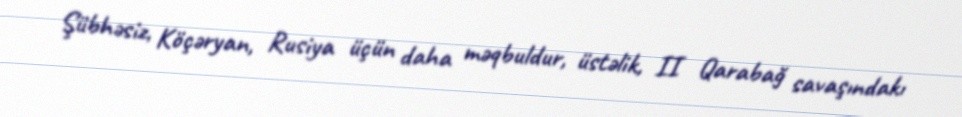
Şübhəsiz, Köçəryan, Rusiya üçün daha məqbuldur, üstəlik, II Qarabağ savaşındakı